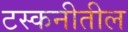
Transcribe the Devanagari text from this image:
टस्कनीतील